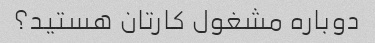
دوباره مشغول کارتان هستید؟